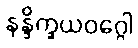
နန္ဒိက္ခယဝဂ္ဂေါ